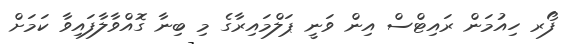
ފޯރ ހިއުމަން ރައިޓްސް އިން ވަނީ ޕަލްމައިރާގެ މި ބިނާ ގޮއްވާލާފައިވާ ކަމަށް